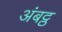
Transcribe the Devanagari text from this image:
अंबट्ठ